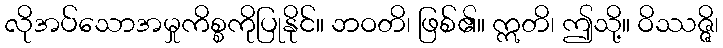
လိုအပ်သောအမှုကိစ္စကိုပြုနိုင်။ ဘဝတိ၊ ဖြစ်၏။ ဣတိ၊ ဤသို့။ ဝိဿဇ္ဇိ၊